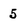
Character: 5